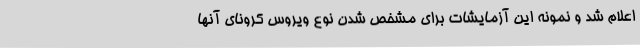
اعلام شد و نمونه این آزمایشات برای مشخص شدن نوع ویروس کرونای آنها